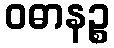
ဝဓာနဉ္စ